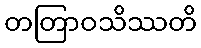
တတြာဝသိဿတိ